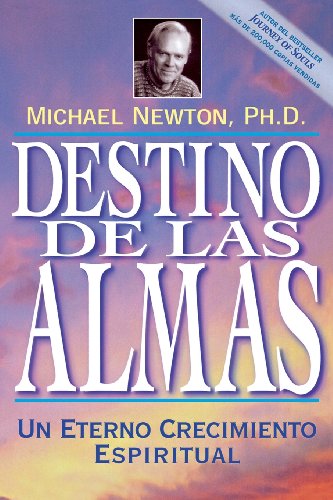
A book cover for Destino de las almas: Un eterno crecimiento espiritual (Spanish Edition); Michael Newton; Self-Help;